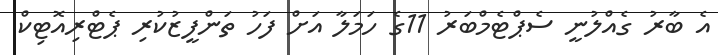
އެ ބާރު ގެއްލުނީ ސެޕްޓެމްބަރު 11ގެ ހަމަލާ އަށް ފަހު ތަންފީޒުކުރި ޕެޓްރިއޮޓިކް